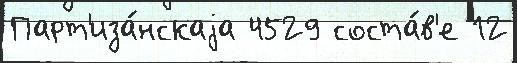
Парт'иза́нскаjа 4529 соста́в'е 12